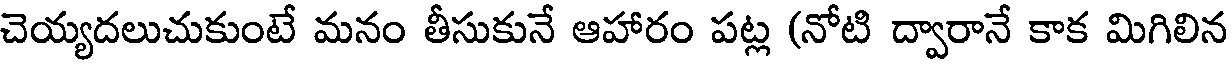
చెయ్యదలుచుకుంటే మనం తీసుకునే ఆహారం పట్ల (నోటి ద్వారానే కాక మిగిలిన